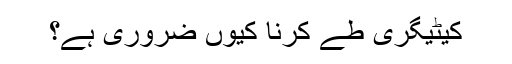
کیٹیگری طے کرنا کیوں ضروری ہے؟